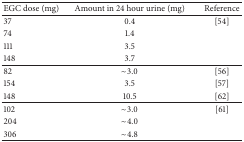
<table><thead><tr><td><b>EGC dose (mg)</b></td><td><b>Amount in 24 hour urine (mg)</b></td><td><b>Reference</b></td></tr></thead><tbody><tr><td>37</td><td>0.4</td><td>[54]</td></tr><tr><td>74</td><td>1.4</td><td>[EMPTY_CELL]</td></tr><tr><td>111</td><td>3.5</td><td>[EMPTY_CELL]</td></tr><tr><td>148</td><td>3.7</td><td>[EMPTY_CELL]</td></tr><tr><td>82</td><td>~3.0</td><td>[56]</td></tr><tr><td>154</td><td>3.5</td><td>[57]</td></tr><tr><td>148</td><td>10.5</td><td>[62]</td></tr><tr><td>102</td><td>~3.0</td><td>[61]</td></tr><tr><td>204</td><td>~4.0</td><td>[EMPTY_CELL]</td></tr><tr><td>306</td><td>~4.8</td><td>[EMPTY_CELL]</td></tr></tbody></table>